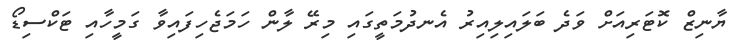
ޔާނިޒް ކޮޓަރިއަށް ވަދެ ބަލައިލިއިރު އެނދުމަތީގައި މިރޭ ލާން ހަމަޖެހިފައިވާ ގަމީހާއި ޓަކްސިޑޯ